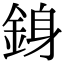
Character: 銵